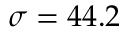
\sigma = 4 4 . 2